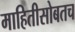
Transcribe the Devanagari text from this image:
माहितीसोबतच